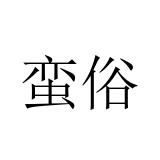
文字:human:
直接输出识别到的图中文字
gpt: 蛮俗